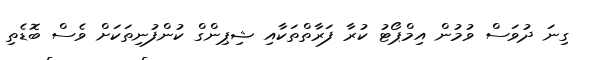
ގިނަ ދުވަސް ވުމުން އިމްޕޯޓު ކުރާ ފަރާތްތަކާއި ޝިޕިންގް ކުންފުނިތަކަށް ވެސް ބޮޑެތި